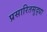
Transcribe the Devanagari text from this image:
प्रसारितसुद्धा